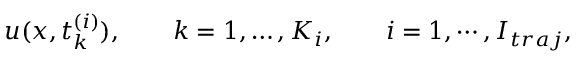
u ( x , t _ { k } ^ { ( i ) } ) , \qquad k = 1 , \dots , K _ { i } , \qquad i = 1 , \cdots , I _ { t r a j } ,